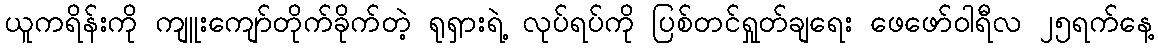
ယူကရိန်းကို ကျူးကျော်တိုက်ခိုက်တဲ့ ရုရှားရဲ့ လုပ်ရပ်ကို ပြစ်တင်ရှုတ်ချရေး ဖေဖော်ဝါရီလ ၂၅ရက်နေ့